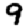
Digit: 9